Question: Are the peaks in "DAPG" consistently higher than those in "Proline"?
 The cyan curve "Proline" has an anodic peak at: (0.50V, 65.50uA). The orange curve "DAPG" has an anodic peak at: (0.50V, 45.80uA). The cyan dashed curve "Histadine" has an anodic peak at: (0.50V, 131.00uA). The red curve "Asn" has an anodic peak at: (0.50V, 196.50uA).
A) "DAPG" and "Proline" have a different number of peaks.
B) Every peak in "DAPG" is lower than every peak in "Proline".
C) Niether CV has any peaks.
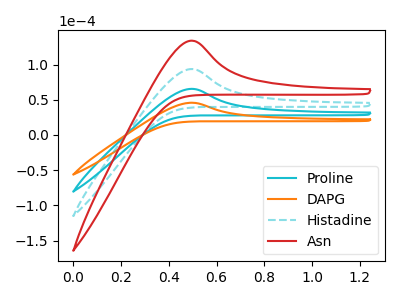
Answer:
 <answer>B) Every peak in "DAPG" is lower than every peak in "Proline".</answer>
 <eval>B</eval>